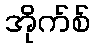
အိုက်စ်